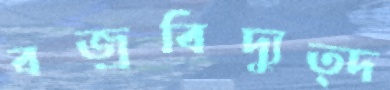
বজ্রবিদ্যুত্দ